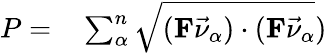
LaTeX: \begin{array}{rl}{P=}&{{}\sum_{\alpha}^{n}\sqrt{(\mathbf{F}\vec{\nu}_{\alpha})\cdot(\mathbf{F}\vec{\nu}_{\alpha}})}\end{array}